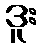
ဒူး